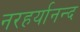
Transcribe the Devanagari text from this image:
नरहर्यानन्द